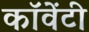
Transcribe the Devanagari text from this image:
कॉवेंटी